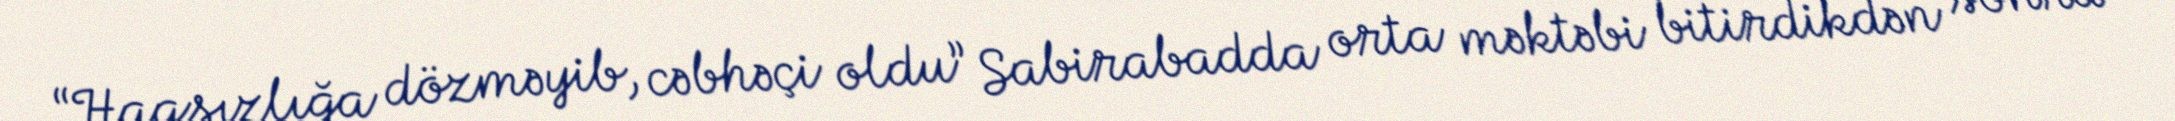
“Haqsızlığa dözməyib, cəbhəçi oldu” Sabirabadda orta məktəbi bitirdikdən sonra